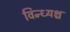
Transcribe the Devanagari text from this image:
विन्ध्यश्च